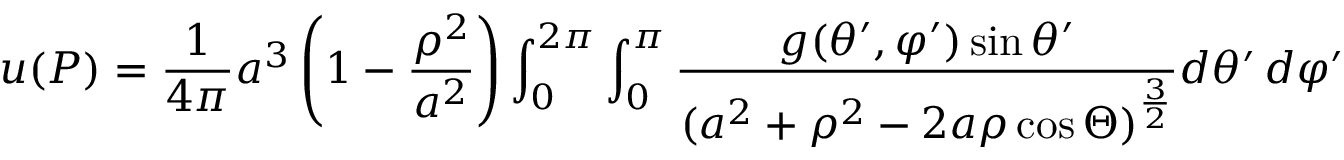
u ( P ) = { \frac { 1 } { 4 \pi } } a ^ { 3 } \left( 1 - { \frac { \rho ^ { 2 } } { a ^ { 2 } } } \right) \int _ { 0 } ^ { 2 \pi } \int _ { 0 } ^ { \pi } { \frac { g ( \theta ^ { \prime } , \varphi ^ { \prime } ) \sin \theta ^ { \prime } } { ( a ^ { 2 } + \rho ^ { 2 } - 2 a \rho \cos \Theta ) ^ { \frac { 3 } { 2 } } } } d \theta ^ { \prime } \, d \varphi ^ { \prime }